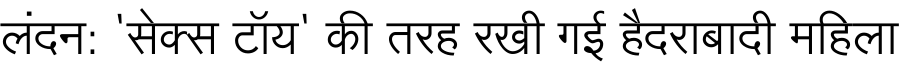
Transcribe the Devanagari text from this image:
लंदन: 'सेक्स टॉय' की तरह रखी गई हैदराबादी महिला